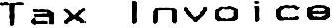
TAX INVOICE